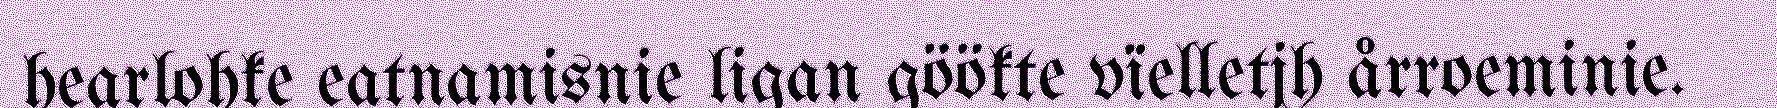
hearlohke eatnamisnie ligan göökte vïelletjh årroeminie.